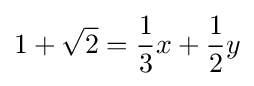
1+{\sqrt {2}}={\frac {1}{3}}x+{\frac {1}{2}}y